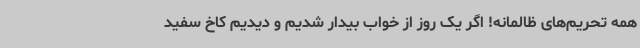
همه تحریم‌های ظالمانه! اگر یک روز از خواب بیدار شدیم و دیدیم کاخ سفید